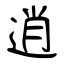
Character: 逍